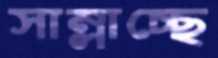
সাম্‌লাচ্ছে